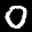
Label: 0